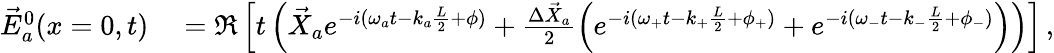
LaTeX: \begin{array}{rl}{\vec{E}_{a}^{0}(x=0,t)}&{{}=\Re\left[t\left(\vec{X}_{a}e^{-i(\omega_{a}t-k_{a}\frac{L}{2}+\phi)}+\frac{\Delta\vec{X}_{a}}{2}\left(e^{-i(\omega_{+}t-k_{+}\frac{L}{2}+\phi_{+})}+e^{-i(\omega_{-}t-k_{-}\frac{L}{2}+\phi_{-})}\right)\right)\right]\, ,}\end{array}